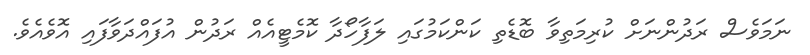
ނަމަވެސް ރަދުންނަށް ކުރިމަތިވާ ބޮޑެތި ކަންކަމުގައި ލަފާހޯދާ ކޮމެޓީއެއް ރަދުން އުފައްދަވާފައި އޮވެއެވެ.